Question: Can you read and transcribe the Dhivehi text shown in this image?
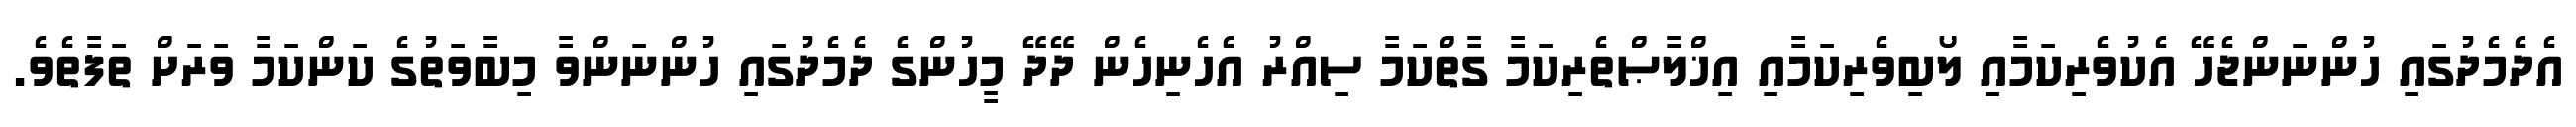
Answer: އެދެމެދުގައި ހުންނަންޖެހޭ އެކުވެރިކަމާއި ލޯބިވެރިކަމާއި އިޚްލާޞްތެރިކަމާ ގާތްކަމާ ސިއްރު އެހެނިހެން ދޭދޭ މީހުންގެ ދެމެދުގައި ހުންނަންވާ މިބާވަތުގެ ކަންކަމާ ވަރަށް ތަފާތެވެ.